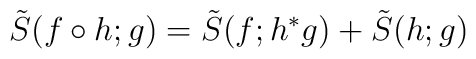
\tilde S(f\circ h; g) =\tilde S(f; h^\ast g) + \tilde S(h; g)